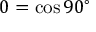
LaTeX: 0 = \cos 9 0 ^ { \circ }